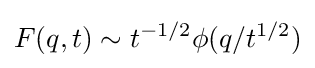
F(q,t)\sim t^{-1/2}\phi (q/t^{1/2})